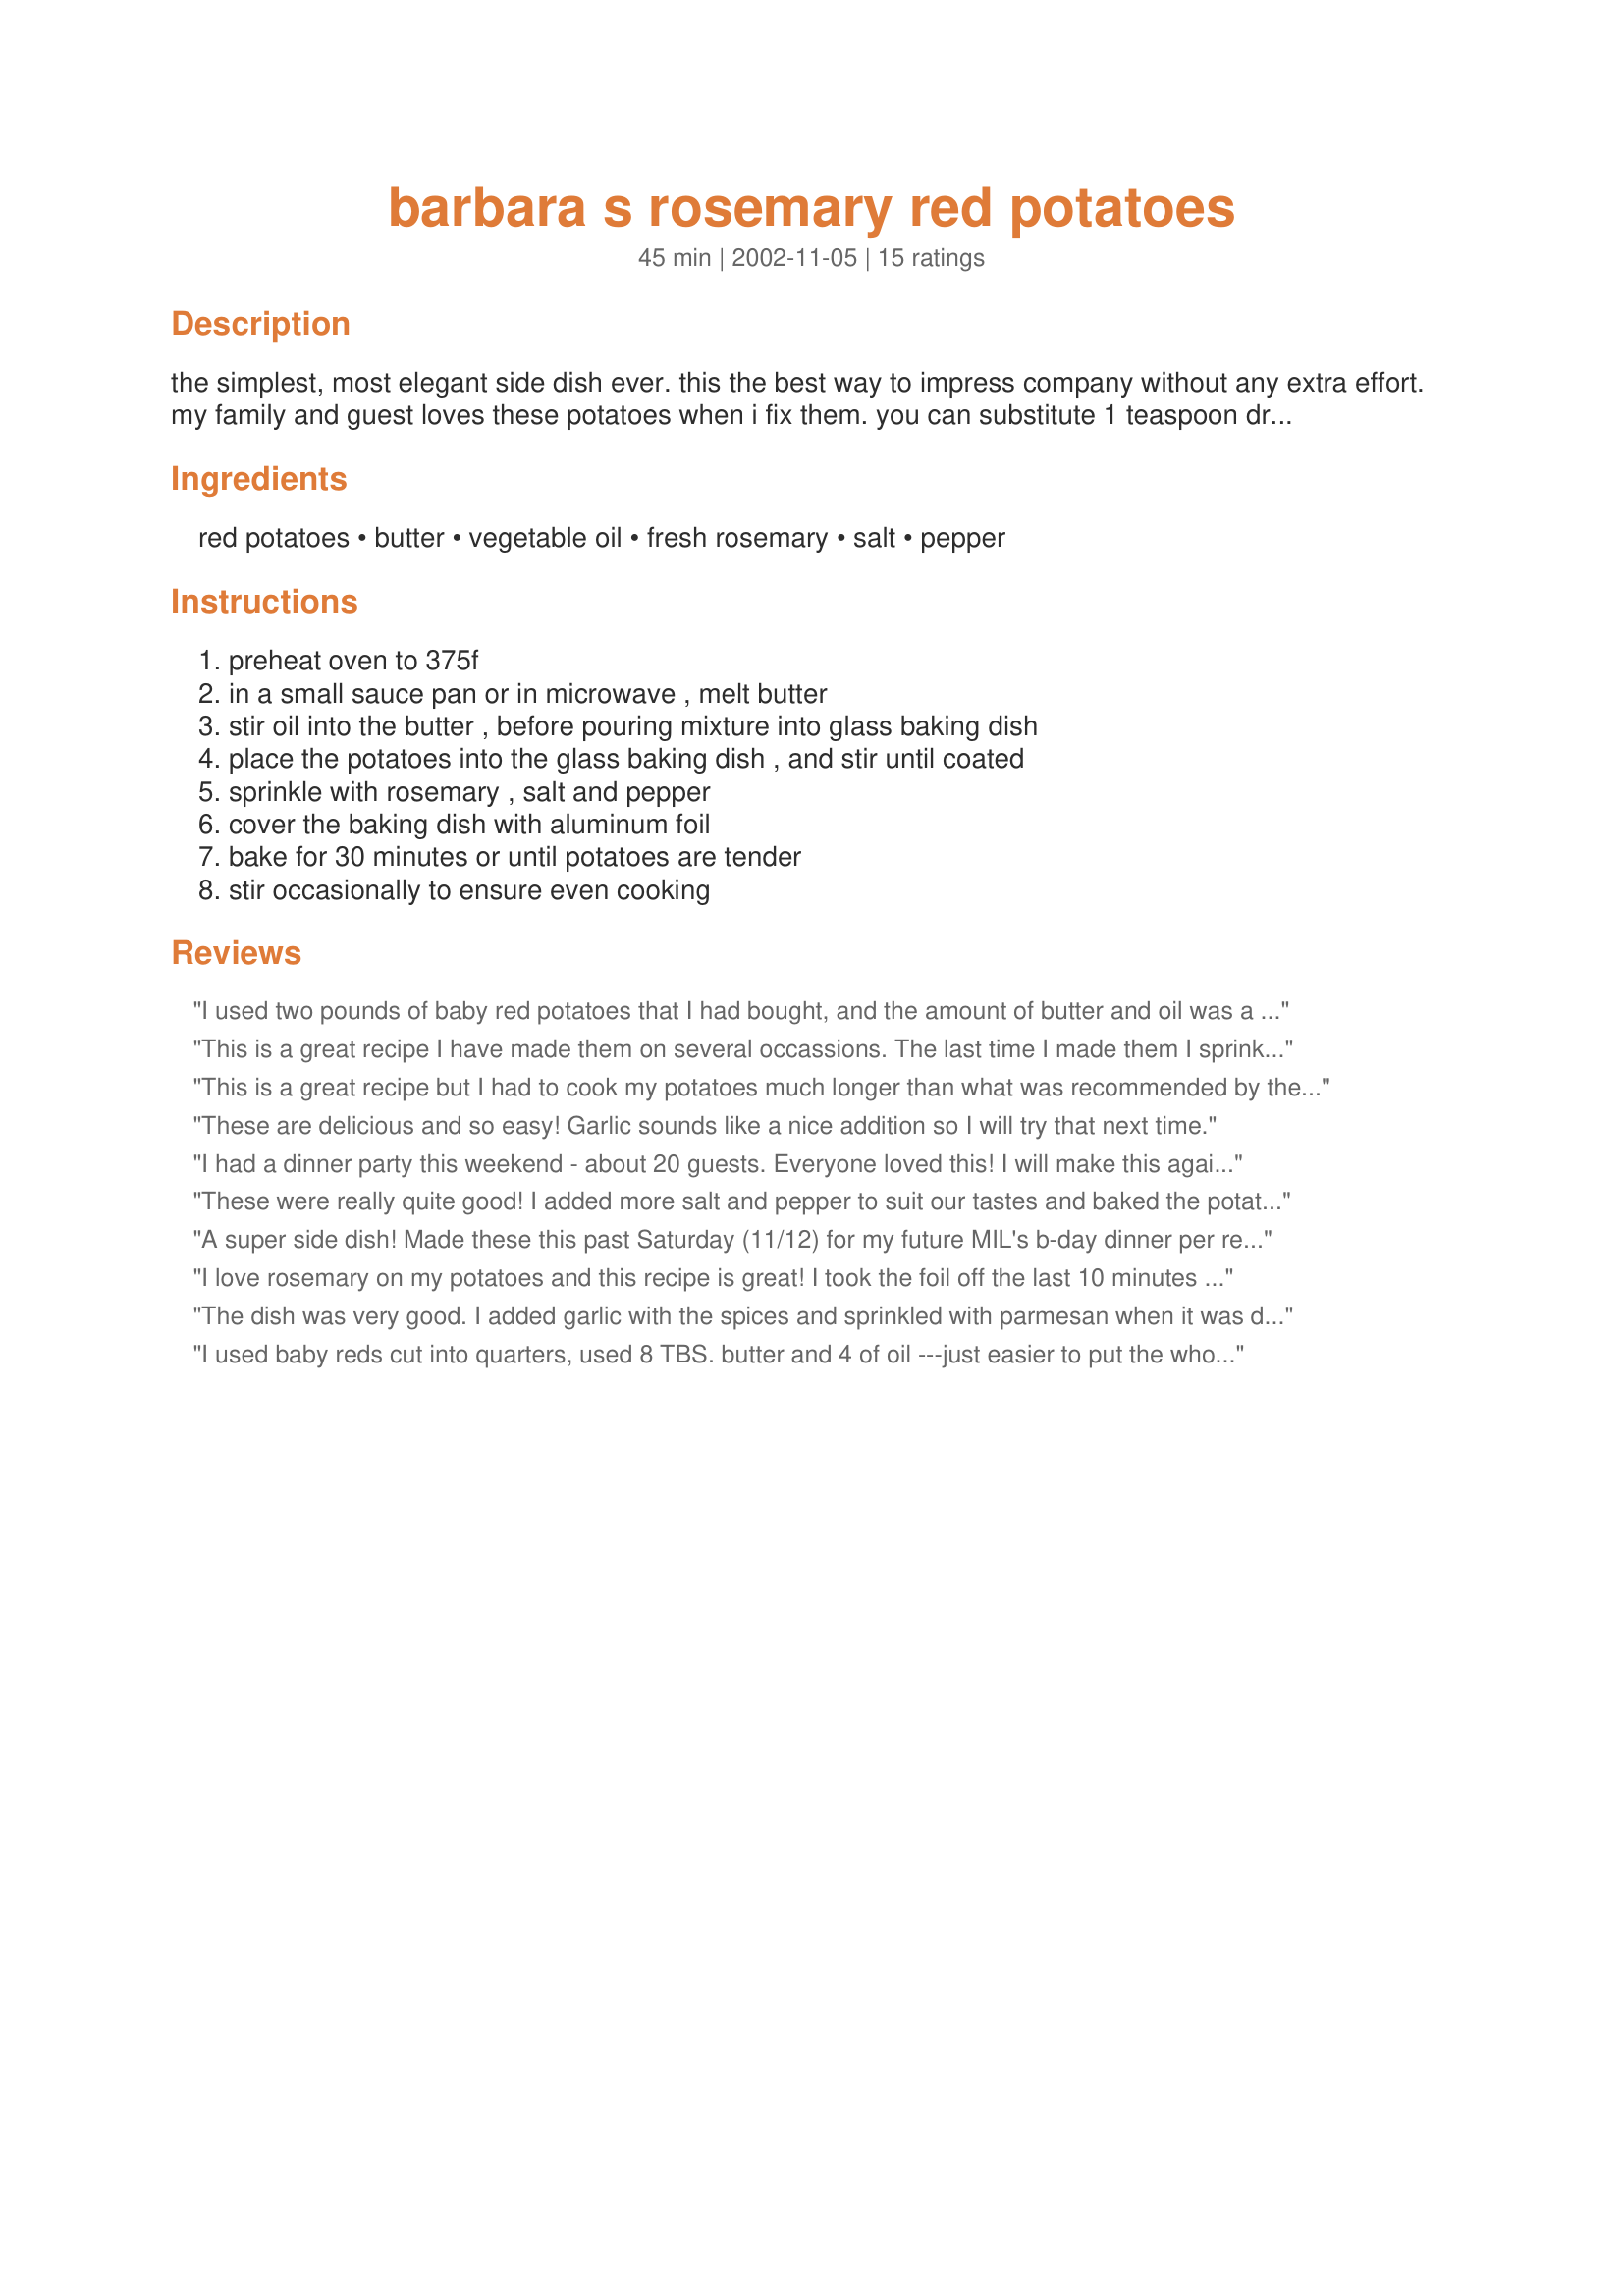
barbara s rosemary red potatoes
Preparation time: 45 minutes

the simplest, most elegant side dish ever. this the best way to impress company without any extra effort. my family and guest loves these potatoes when i fix them. you can substitute 1 teaspoon dried rosemary for the fresh. enjoy

Ingredients:
red potatoes, butter, vegetable oil, fresh rosemary, salt, pepper

Steps:
preheat oven to 375f, in a small sauce pan or in microwave , melt butter, stir oil into the butter , before pouring mixture into glass baking dish, place the potatoes into the glass baking dish , and stir until coated, sprinkle with rosemary , salt and pepper, cover the baking dish with aluminum foil, bake for 30 minutes or until potatoes are tender, stir occasionally to ensure even cooking

Reviews:
I used two pounds of baby red potatoes that I had bought, and the amount of butter and oil was a little too much for them. I just used a slotted spoon to remove them from the pan, and they were absolutely delicious. I added a little powdered garlic along with the salt and pepper and did not cover them in the oven. It took a little longer to cook, but it was worth the wait. Thanks for a new way to think of potatoes!
This is a great recipe I have made them on several occassions. The last time I made them I sprinkled some parmesan on them and YUM! My whole family loves these. Thanx for a great recipe.
This is a great recipe but I had to cook my potatoes much longer than what was recommended by the recipe. Next time I will try cooking them at 425 instead of 375. I think that 375 may be a bit low for roasting potatoes. The seasoning was very nice, thanks for posting.
These are delicious and so easy! Garlic sounds like a nice addition so I will try that next time.
I had a dinner party this weekend - about 20 guests. Everyone loved this! I will make this again and again!
These were really quite good! I added more salt and pepper to suit our tastes and baked the potatoes around 45-50 minutes till done. I used baby red potatoes and cut them into quarters. Love the Rosemary! Thank you, Barb!
A super side dish! Made these this past Saturday (11/12) for my future MIL's b-day dinner per request of my fiancé. I expected I might have leftovers due to some picky eaters, but there wasn't a potato chunk remaining when we were done. Easy to prepare and definitely easy to eat!
I love rosemary on my potatoes and this recipe is great! I took the foil off the last 10 minutes and stirred them around. Thanks for sharing!
The dish was very good. I added garlic with the spices and sprinkled with parmesan when it was done. Only problem was the time was way off. I did 30 min at 375 and then bumped it up to 425 for the last 10 min with my asparagus, and the potatoes were still not cooked all the way. Since all my food was done I had to throw them in the mircrowave for 5 min to finish cooking.
I used baby reds cut into quarters, used 8 TBS. butter and 4 of oil ---just easier to put the whole stick of butter in :) ---- and I also added two cloves of crushed garlic. I cooked them about 40 minutesk, and sprinkled some parmesan over top before serving. Very good.
These potatoes were great! i took sharon123's advice and left the foil off for the last 10 minutes and also stired them around. They were so tender and tasty!! I was worried that the oil and the butter would be too much- but it wasnt. We will be having them again soon!! Thanks for sharing!
Totally delicious! I loved the subtle flavor of the rosemary. Really fragrant and perfect with the potatoes. I served them with our Valentine's dinner celebration along with steak and beets and a salad. Very easy to make too! ~ Update: 9/19/07...made them tonight with sloppy joes. Great side dish for many meals. I added additional season salt after they were done.
Great recipe. Easy and everyone loves it. Thanks!
Very delicious recipe. I made the recipe exactly indicated but added a tablespoon of chopped green onions to the mix before baking, which gave it a hint of onion flavor without taking away from the rosemary. It was also easy to make and my husband loved it too.
This just didn't do it for me. I like crispy oven fried potatoes. I knew leaving a cover on it would not crisp them so I removed it half way through. Too late!! The spuds were steamed and not crisp at all. I will not cover it at all. The rosemary was a great addition though.
